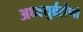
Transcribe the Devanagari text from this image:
अध्वयुर्ब्रर्ह्मणो